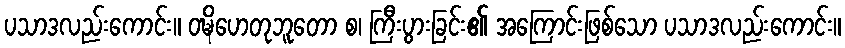
ပသာဒလည်းကောင်း။ ဝဍ္ဎိဟေတုဘူတော စ၊ ကြီးပွားခြင်း၏ အကြောင်းဖြစ်သော ပသာဒလည်းကောင်း။